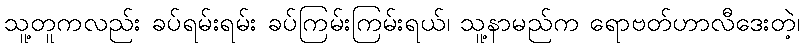
သူ့တူကလည်း ခပ်ရမ်းရမ်း ခပ်ကြမ်းကြမ်းရယ်၊ သူ့နာမည်က ရောဗတ်ဟာလီဒေးတဲ့၊